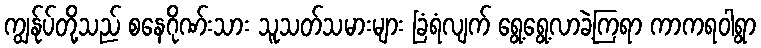
ကျွန်ုပ်တို့သည် စနေဂိုဏ်းသား သူသတ်သမားများ ခြံရံလျက် ရွေ့ရွေ့လာခဲ့ကြရာ ကာကရဝါရွာ